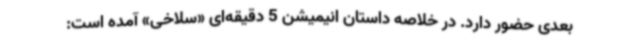
بعدی حضور دارد. در خلاصه داستان انیمیشن 5 دقیقه‌ای «سلاخی» آمده است: